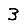
Digit: 3